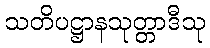
သတိပဋ္ဌာနသုတ္တာဒီသု